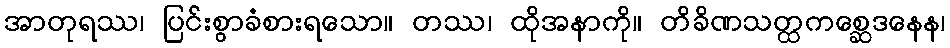
အာတုရဿ၊ ပြင်းစွာခံစားရသော။ တဿ၊ ထိုအနာကို။ တိခိဏသတ္ထကစ္ဆေဒနေန၊